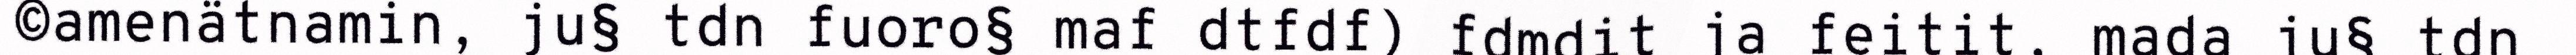
©amenätnamin, ju§ tdn fuoro§ maf dtfdf) fdmdit ja feitit, mada ju§ tdn